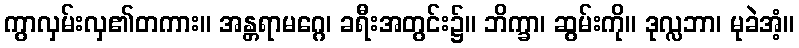
ကွာလှမ်းလှ၏တကား။ အန္တရာမဂ္ဂေ၊ ခရီးအတွင်း၌။ ဘိက္ခာ၊ ဆွမ်းကို။ ဒုလ္လဘာ၊ မုခဲအံ့။